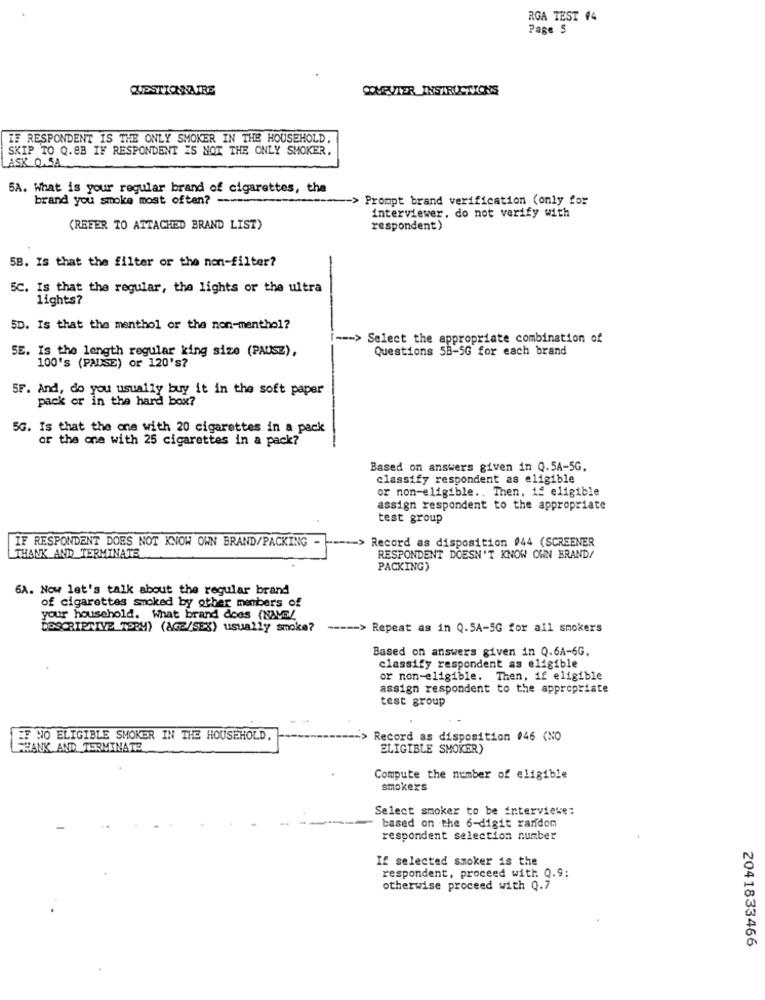
RGA TEST #4
Page 5
QUESTIONNAIRE
COMPUTER INSTRUCTIONS
IF RESPONDENT IS THE ONLY SMOKER IN THE HOUSEHOLD.
SKIP TO Q.8B IF RESPONDENT IS NOT THE ONLY SMOKER.
ASK 0.5A.
5A. What is your regular brand of cigarettes, the
brand you smoke most often? ----
-> Prompt brand verification (only for
interviewer, do not verify with
(REFER TO ATTACHED BRAND LIST)
respondent)
5B. Is that the filter or the non-filter?
5C. Is that the regular, the lights or the ultra
lights?
5D. Is that the menthol or the non-menthol?
--- > Select the appropriate combination of
SE. Is the length regular king size (PAUSE),
Questions 5B-5G for each brand
100's (PAUSE) or 120's?
5F. And, do you usually buy it in the soft paper
pack or in the hard box?
5G. Is that the one with 20 cigarettes in a pack
or the one with 25 cigarettes in a pack?
Based on answers given in Q.5A-5G.
classify respondent as eligible
or non-eligible ., Then, 12 eligible
assign respondent to the appropriate
test group
IF RESPONDENT DOES NOT KNOW OWN BRAND/PACKING -
--- > Record as disposition #44 (SCREENER
THANK AND TERMINATE
RESPONDENT DOESN'T KNOW OWN BRAND/
PACKING)
6A. Now let's talk about the regular brand
of cigarettes smoked by other members of
your household. What brand does (NAVE/
DESCRIPTIVE TERM) (AGE/SEX) usually smoke? ----- > Repeat as in Q.5A-5G for all smokers
Based on answers given in Q.6A-6G.
classify respondent as eligible
or non-eligible. Then, if eligible
assign respondent to the appropriate
test group
IF NO ELIGIBLE SMOKER IN THE HOUSEHOLD.
Record as disposition 046 (NO
FRANK AND TERMINATE
ELIGIBLE SMOKER)
Compute the number of eligible
smoker's
Select smoker to be interviewe:
based on the 6-digit random
respondent selection number
If selected smoker is the
respondent, proceed with Q.9:
otherwise proceed with Q.7
2041833466